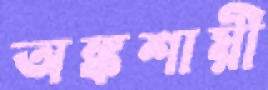
অঙ্কশায়ী